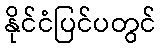
နိုင်ငံပြင်ပတွင်